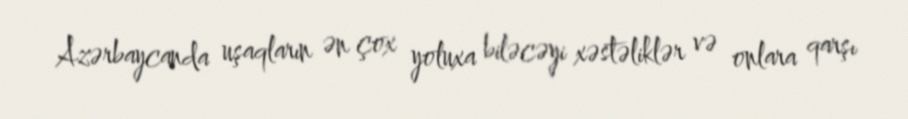
Azərbaycanda uşaqların ən çox yoluxa biləcəyi xəstəliklər və onlara qarşı